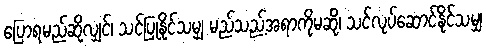
ပြောရမည်ဆိုလျှင်၊ သင်ပြုနိုင်သမျှ မည်သည့်အရာကိုမဆို၊ သင်လုပ်ဆောင်နိုင်သမျှ